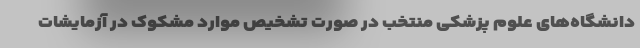
دانشگاه‌های علوم پزشکی منتخب در صورت تشخیص موارد مشکوک در آزمایشات